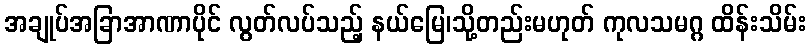
အချုပ်အခြာအာဏာပိုင် လွတ်လပ်သည့် နယ်မြေ၊သို့တည်းမဟုတ် ကုလသမဂ္ဂ ထိန်းသိမ်း